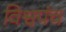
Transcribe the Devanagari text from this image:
विश्वपंच